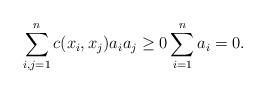
LaTeX: \begin{align*} \sum_{i,j=1}^nc(x_i,x_j)a_ia_j\ge 0 \sum_{i=1}^n a_i=0. \end{align*}